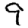
Digit: 9